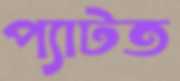
প্যাটত